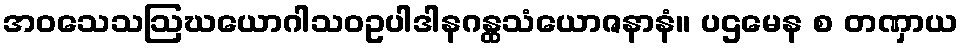
အဝသေသဩဃယောဂါသဝဥပါဒါနဂန္ထသံယောဇနာနံ။ ပဌမေန စ တဏှာယ